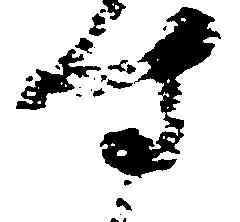
す